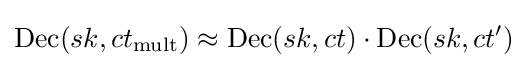
{\text{Dec}}(sk,ct_{\text{mult}})\approx {\text{Dec}}(sk,ct)\cdot {\text{Dec}}(sk,ct')